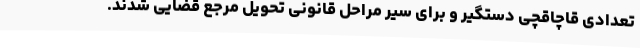
تعدادی قاچاقچی دستگیر و برای سیر مراحل قانونی تحویل مرجع قضایی شدند.